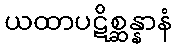
ယထာပဋိစ္ဆန္နာနံ